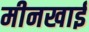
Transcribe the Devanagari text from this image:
मीनखाई